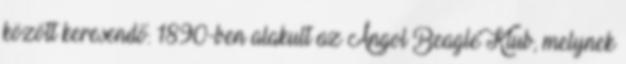
között keresendő. 1890-ben alakult az Angol Beagle Klub, melynek